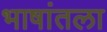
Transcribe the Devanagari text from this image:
भाषांतला